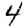
Digit: 4